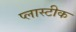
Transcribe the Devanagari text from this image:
प्लास्टीक